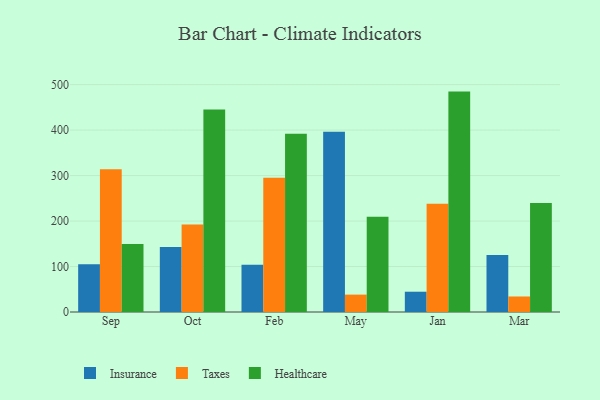
{"axis": {"x": "Month", "y": "Production Output"}, "legend": ["Healthcare", "Insurance", "Taxes"], "data": [{"x": "Sep", "y": 105.2, "type": "Insurance"}, {"x": "Sep", "y": 314.1, "type": "Taxes"}, {"x": "Sep", "y": 149.5, "type": "Healthcare"}, {"x": "Oct", "y": 142.7, "type": "Insurance"}, {"x": "Oct", "y": 192.5, "type": "Taxes"}, {"x": "Oct", "y": 445.4, "type": "Healthcare"}, {"x": "Feb", "y": 103.8, "type": "Insurance"}, {"x": "Feb", "y": 295.5, "type": "Taxes"}, {"x": "Feb", "y": 391.9, "type": "Healthcare"}, {"x": "May", "y": 396.3, "type": "Insurance"}, {"x": "May", "y": 38.2, "type": "Taxes"}, {"x": "May", "y": 209.5, "type": "Healthcare"}, {"x": "Jan", "y": 44.6, "type": "Insurance"}, {"x": "Jan", "y": 238.1, "type": "Taxes"}, {"x": "Jan", "y": 484.7, "type": "Healthcare"}, {"x": "Mar", "y": 125.3, "type": "Insurance"}, {"x": "Mar", "y": 34.1, "type": "Taxes"}, {"x": "Mar", "y": 239.9, "type": "Healthcare"}]}